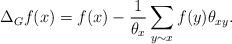
LaTeX: \begin{align*}\Delta_Gf(x)=f(x)-\frac{1}{\theta_x}\sum_{y\sim x}f(y)\theta_{xy}.\end{align*}